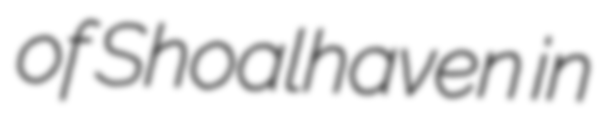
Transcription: of Shoalhaven in